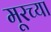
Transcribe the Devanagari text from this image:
मूरच्या